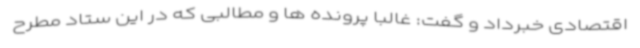
اقتصادی خبرداد و گفت: غالبا پرونده ها و مطالبی که در این ستاد مطرح